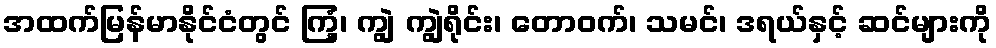
အထက်မြန်မာနိုင်ငံတွင် ကြံ့၊ ကျွဲ ကျွဲရိုင်း၊ တောဝက်၊ သမင်၊ ဒရယ်နှင့် ဆင်များကို